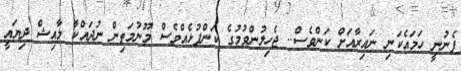
ފެނުނީ ހަމައެކަނި ނައިރާއަށް ކަންވެސް.. ޖެހިލުންވުމުގެ ކަންފުޅެއްވެސް މޫނުމަތިން ނުދައްކާ މާއިޝް ދިޔައީ